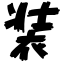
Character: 装